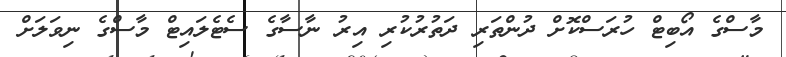
މާސްގެ އޯބިޓް ހުރަސްކޮށް ދުންތަރި ދަތުރުކުރި އިރު ނާސާގެ ސެޓެލައިޓް މާސްގެ ނިވަލަށް